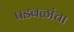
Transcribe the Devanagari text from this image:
पडवळांचा